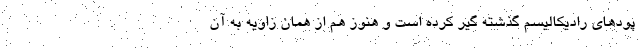
پودهاي راديكاليسم گذشته گير كرده است و هنوز هم از همان زاويه به آن